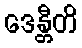
ဒေန္တီတိ